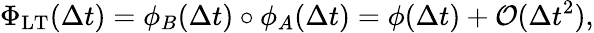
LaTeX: \Phi_{\mathrm{LT}}(\Delta t)=\phi_{B}(\Delta t)\circ\phi_{A}(\Delta t)=\phi(\Delta t)+\mathcal{O}(\Delta t^{2}),